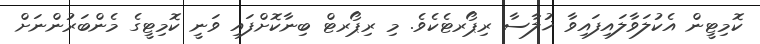
ކޮމިޓީން އެކުލަވާލައިފައިވާ ޚުލާސާ ރިޕޯރޓެކެވެ. މި ރިޕޯރޓް ބިނާކޮށްފައި ވަނީ ކޮމިޓީގެ މެންބަރުންނަށް